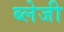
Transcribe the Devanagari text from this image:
ब्लेजी